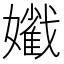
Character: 𡣯